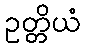
ဥတ္တိယံ